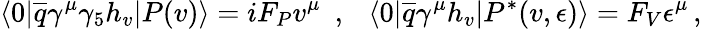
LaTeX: \langle 0|\overline{{{q}}}\gamma^{\mu}\gamma_{5}h_{v}|P(v)\rangle=iF_{P}v^{\mu}~~,~~~\langle 0|\overline{{{q}}}\gamma^{\mu}h_{v}|P^{*}(v,\epsilon)\rangle=F_{V}\epsilon^{\mu}\, ,